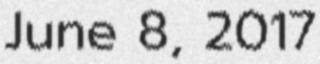
June 8, 2017